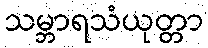
သမ္ဘာရသံယုတ္တာ